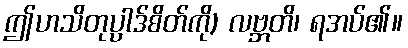
ဤဟသိတုပ္ပါဒ်စိတ်ကို) လဗ္ဘတိ၊ ရအပ်၏။